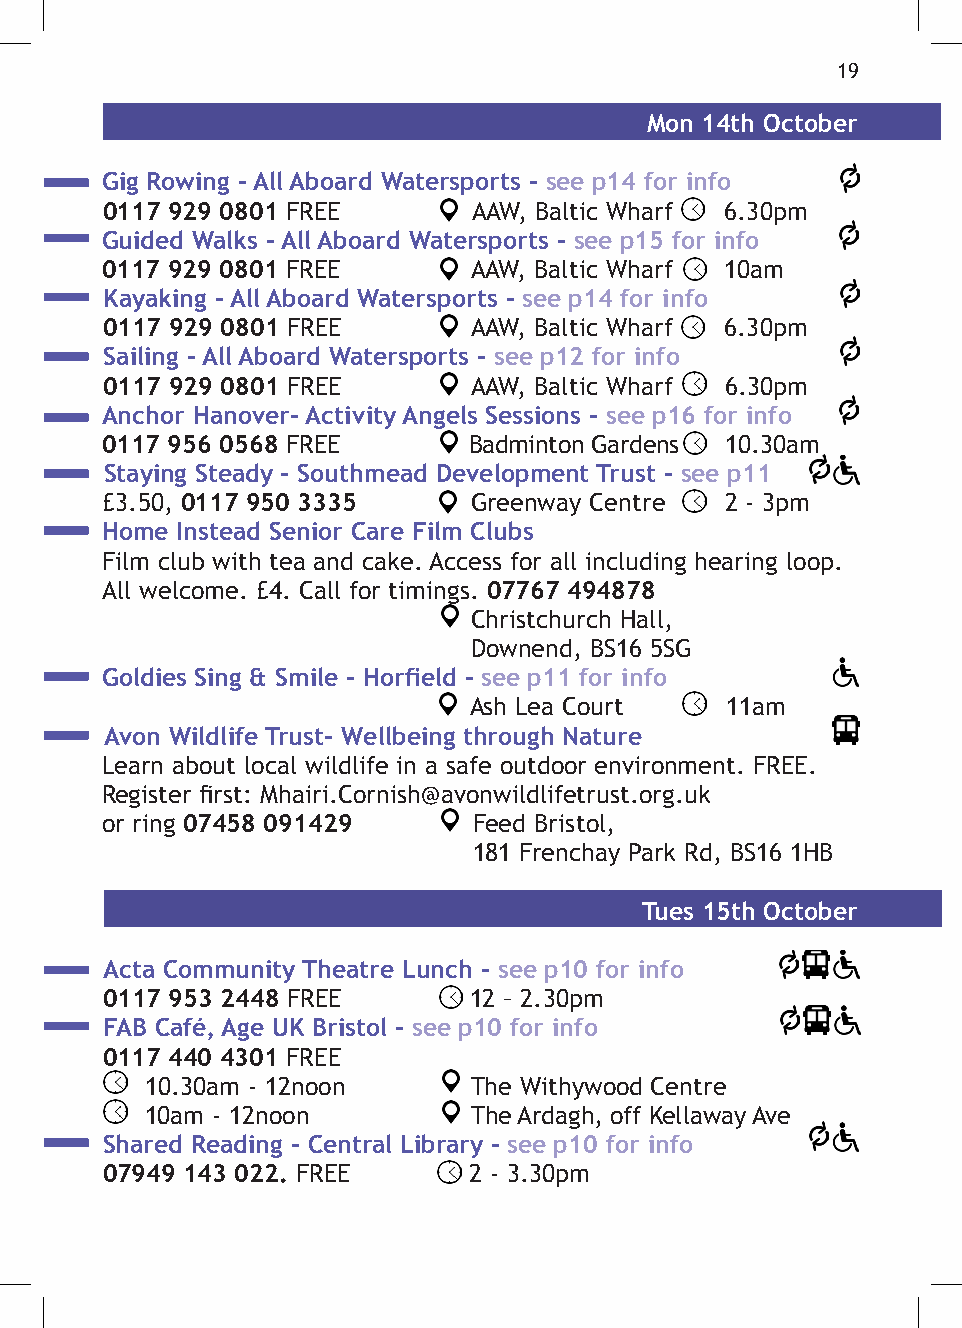
19
 Mon 14th October
 Gig Rowing - All Aboard Watersports - see p14 for info
 0117 929 0801 FREE      AAW, Baltic Wharf 6.30pm
 Guided Walks - All Aboard Watersports - see p15 for info
 0117 929 0801 FREE      AAW, Baltic Wharf 10am
 Kayaking - All Aboard Watersports - see p14 for info
 0117 929 0801 FREE      AAW, Baltic Wharf 6.30pm
 Sailing - All Aboard Watersports - see p12 for info
 0117 929 0801 FREE      AAW, Baltic Wharf 6.30pm
 Anchor Hanover- Activity Angels Sessions - see p16 for info
 0117 956 0568 FREE      Badminton Gardens 10.30am
 Staying Steady - Southmead Development Trust - see p11
 £3.50, 0117 950 3335    Greenway Centre  2 - 3pm
 Home Instead Senior Care Film Clubs
 Film club with tea and cake. Access for all including hearing loop.
 All welcome. £4. Call for timings. 07767 494878
 Christchurch Hall,
 Downend, BS16 5SG
 Goldies Sing & Smile - Horfield - see p11 for info
 Ash Lea Court    11am
 Avon Wildlife Trust- Wellbeing through Nature
 Learn about local wildlife in a safe outdoor environment. FREE.
 Register first: Mhairi.Cornish@avonwildlifetrust.org.uk
 or ring 07458 091429    Feed Bristol,
 181 Frenchay Park Rd, BS16 1HB
 Tues 15th October
 Acta Community Theatre Lunch - see p10 for info
 0117 953 2448 FREE      12 – 2.30pm
 FAB Café, Age UK Bristol - see p10 for info
 0117 440 4301 FREE
 10.30am - 12noon     The Withywood Centre
 10am - 12noon        The Ardagh, off Kellaway Ave
 Shared Reading - Central Library - see p10 for info
 07949 143 022. FREE     2 - 3.30pm